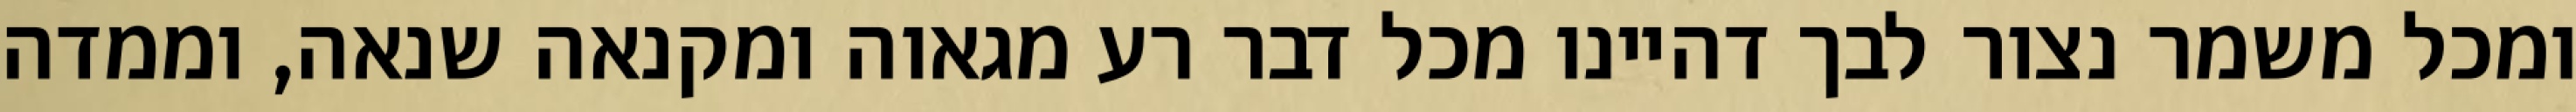
ומכל משמר נצור לבך דהיינו מכל דבר רע מגאוה ומקנאה שנאה, וממדה